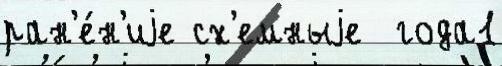
ран'е́н'иjе сх'емныjе  года1